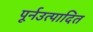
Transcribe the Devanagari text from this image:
पूर्नउत्पादित